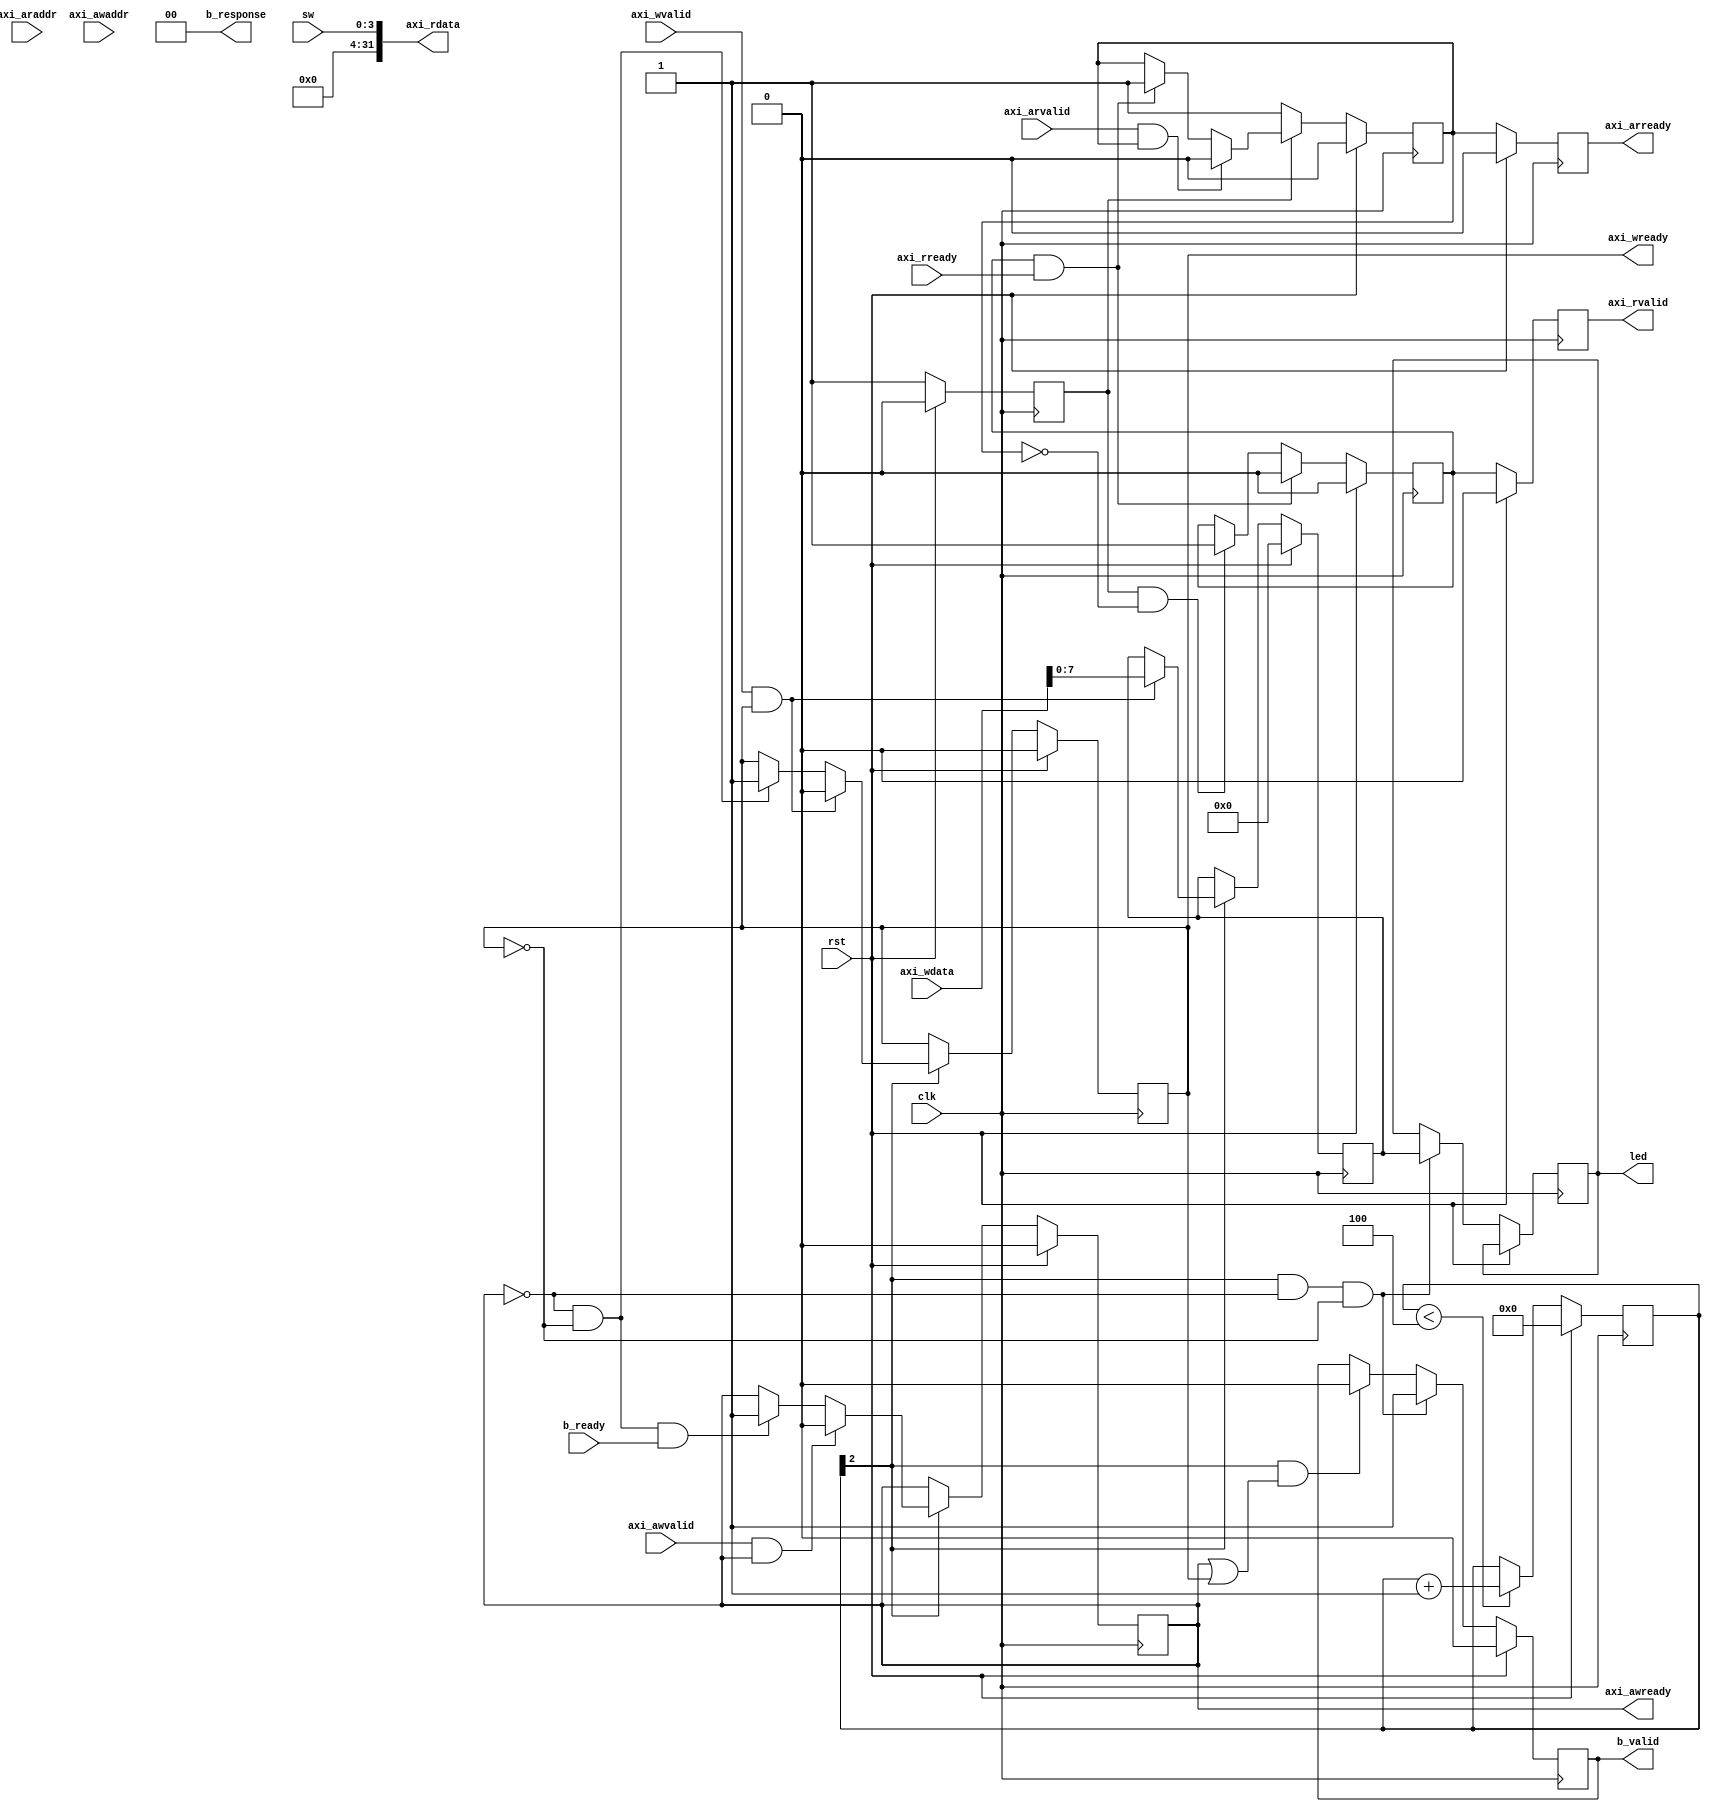
`timescale 1ps/1ps
//`define SIMULATION

module gpio_axi(
input clk,
input rst,

input [31:0] 			axi_araddr,
input 			 	axi_arvalid,
output reg 			axi_arready,

input [31:0] 			axi_awaddr,
input 			 	axi_awvalid,
output reg			axi_awready,

output reg [31:0] 		axi_rdata,
output 	reg	 		axi_rvalid,
input 			 	axi_rready,

input [31:0] 			axi_wdata,
input 			 	axi_wvalid,
output 	reg		 	axi_wready,

input 				b_ready,
output 	reg			b_valid,
output [1:0] 		b_response,

////  io
input  [3:0] sw,
output reg [7:0] led
);

assign b_response = 0;
parameter ADDR_WIDTH = 1;
parameter DATA_WIDTH = 8; 

/////////////////////////////////////////////////////////   READ ///////////////////////////////////////
reg [ADDR_WIDTH-1:0] axi_araddr_buff;

reg read_start;
reg axi_arready_internal;
reg axi_rvalid_internal;

always @(*)
	axi_rdata = {28'd0, sw};

always @(negedge clk) begin
	if (rst)
		axi_rvalid_internal <= 1'b0;
	else if (axi_rvalid_internal && axi_rready)
		axi_rvalid_internal <= 1'b0;
	else if (read_start && (axi_arready_internal == 0))
		axi_rvalid_internal <= 1'b1;
end



always @(posedge clk) begin
	if (rst) begin
		axi_arready <= 0;
		axi_rvalid <= 0;
	end else begin
		axi_arready <= axi_arready_internal;
		axi_rvalid <= axi_rvalid_internal;
	end
end

always @(negedge clk) begin
	if (rst) begin
		axi_arready_internal <= 0;
		axi_araddr_buff <= 0;
		read_start <= 0;
	end else if (read_start == 0) begin
		read_start <= 1'b1;
		axi_arready_internal <= 1'b1;
	end else if (axi_arvalid && axi_arready_internal) begin
		axi_arready_internal <= 0;
		axi_araddr_buff <= axi_araddr[ADDR_WIDTH+1:2];
	end else if (axi_rready && axi_rvalid_internal) begin
		axi_arready_internal <= 1'b1;
	end
end


/////////////////////////////////////////////////////////////////////// WRITE //////////////////////////////////////////////////


reg [ADDR_WIDTH-1:0] axi_awaddr_buff;
reg [DATA_WIDTH-1:0] axi_wdata_buff;

reg [3:0] write_start; // need to delay writes to avoid overwriting instruction memory -- can remove this later once write feature to isntr mem removed

always @(posedge clk) begin
	if (rst) 
		b_valid <= 0;
	else if (write_start[2] && !axi_awready && !axi_wready) begin
		led <= axi_wdata_buff;
		b_valid <= 1'b1;
	end else if (write_start[2] && (axi_awready || axi_wready))
		b_valid <= 1'b0;
end


always @(negedge clk) begin
	if (rst) 
		write_start <= 0;
	else if (write_start < 4'd4)
		write_start <= write_start + 4'd1;
end


always @(negedge clk) begin
	if (rst) begin 
		axi_awaddr_buff <= 0;
		axi_awready	<= 0;
	end else if (write_start[2]) begin
		if (axi_awvalid && axi_awready) begin
			axi_awaddr_buff <= axi_awaddr[ADDR_WIDTH+1:2];
			axi_awready <= 0;
		end else if (!axi_awready && !axi_wready && b_ready)
			axi_awready <= 1'b1;	
	end
end



always @(negedge clk) begin
	if (rst) begin
		axi_wdata_buff <= 0;
		axi_wready	<= 0;
	end else if (write_start[2]) begin
		if (axi_wvalid && axi_wready) begin
			axi_wdata_buff <= axi_wdata[DATA_WIDTH-1:0];
			axi_wready <= 0;
		end else if (!axi_awready && !axi_wready)
			axi_wready <= 1'b1;	
	end
end


endmodule